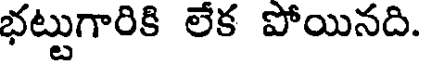
భట్టుగారికి లేక పోయినది.